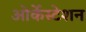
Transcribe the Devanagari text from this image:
ओर्केस्टेशन